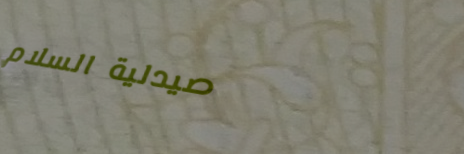
صيدلية السلام